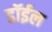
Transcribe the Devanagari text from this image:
डॉईल